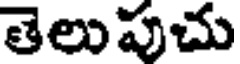
తెలుపుచు